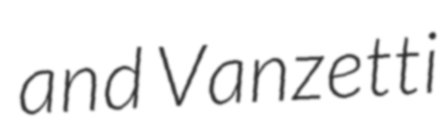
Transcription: and Vanzetti